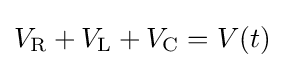
V_{\mathrm {R} }+V_{\mathrm {L} }+V_{\mathrm {C} }=V(t)